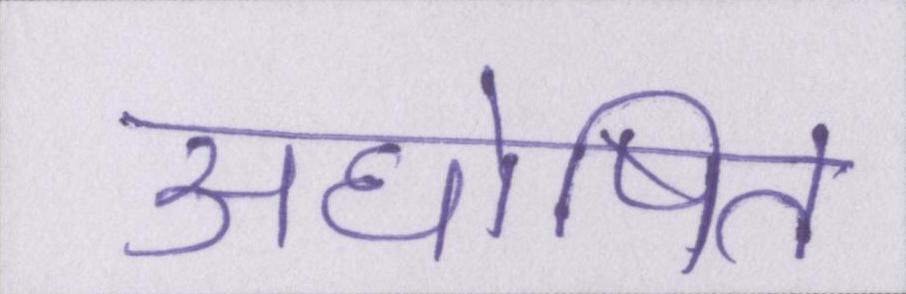
अघोषित